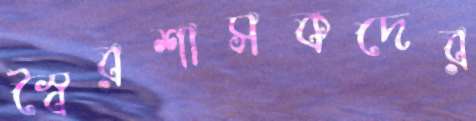
স্বৈরশাসকদের